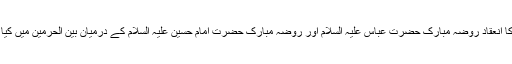
تقریب کا انعقاد روضہ مبارک حضرت عباس علیہ السلام اور روضہ مبارک حضرت امام حسین علیہ السلام کے درمیان بین الحرمین میں کیا گیا تھا۔